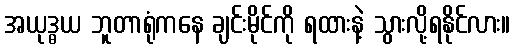
အယုဒ္ဓယ ဘူတာရုံကနေ ချင်းမိုင်ကို ရထားနဲ့ သွားလို့ရနိုင်လား။